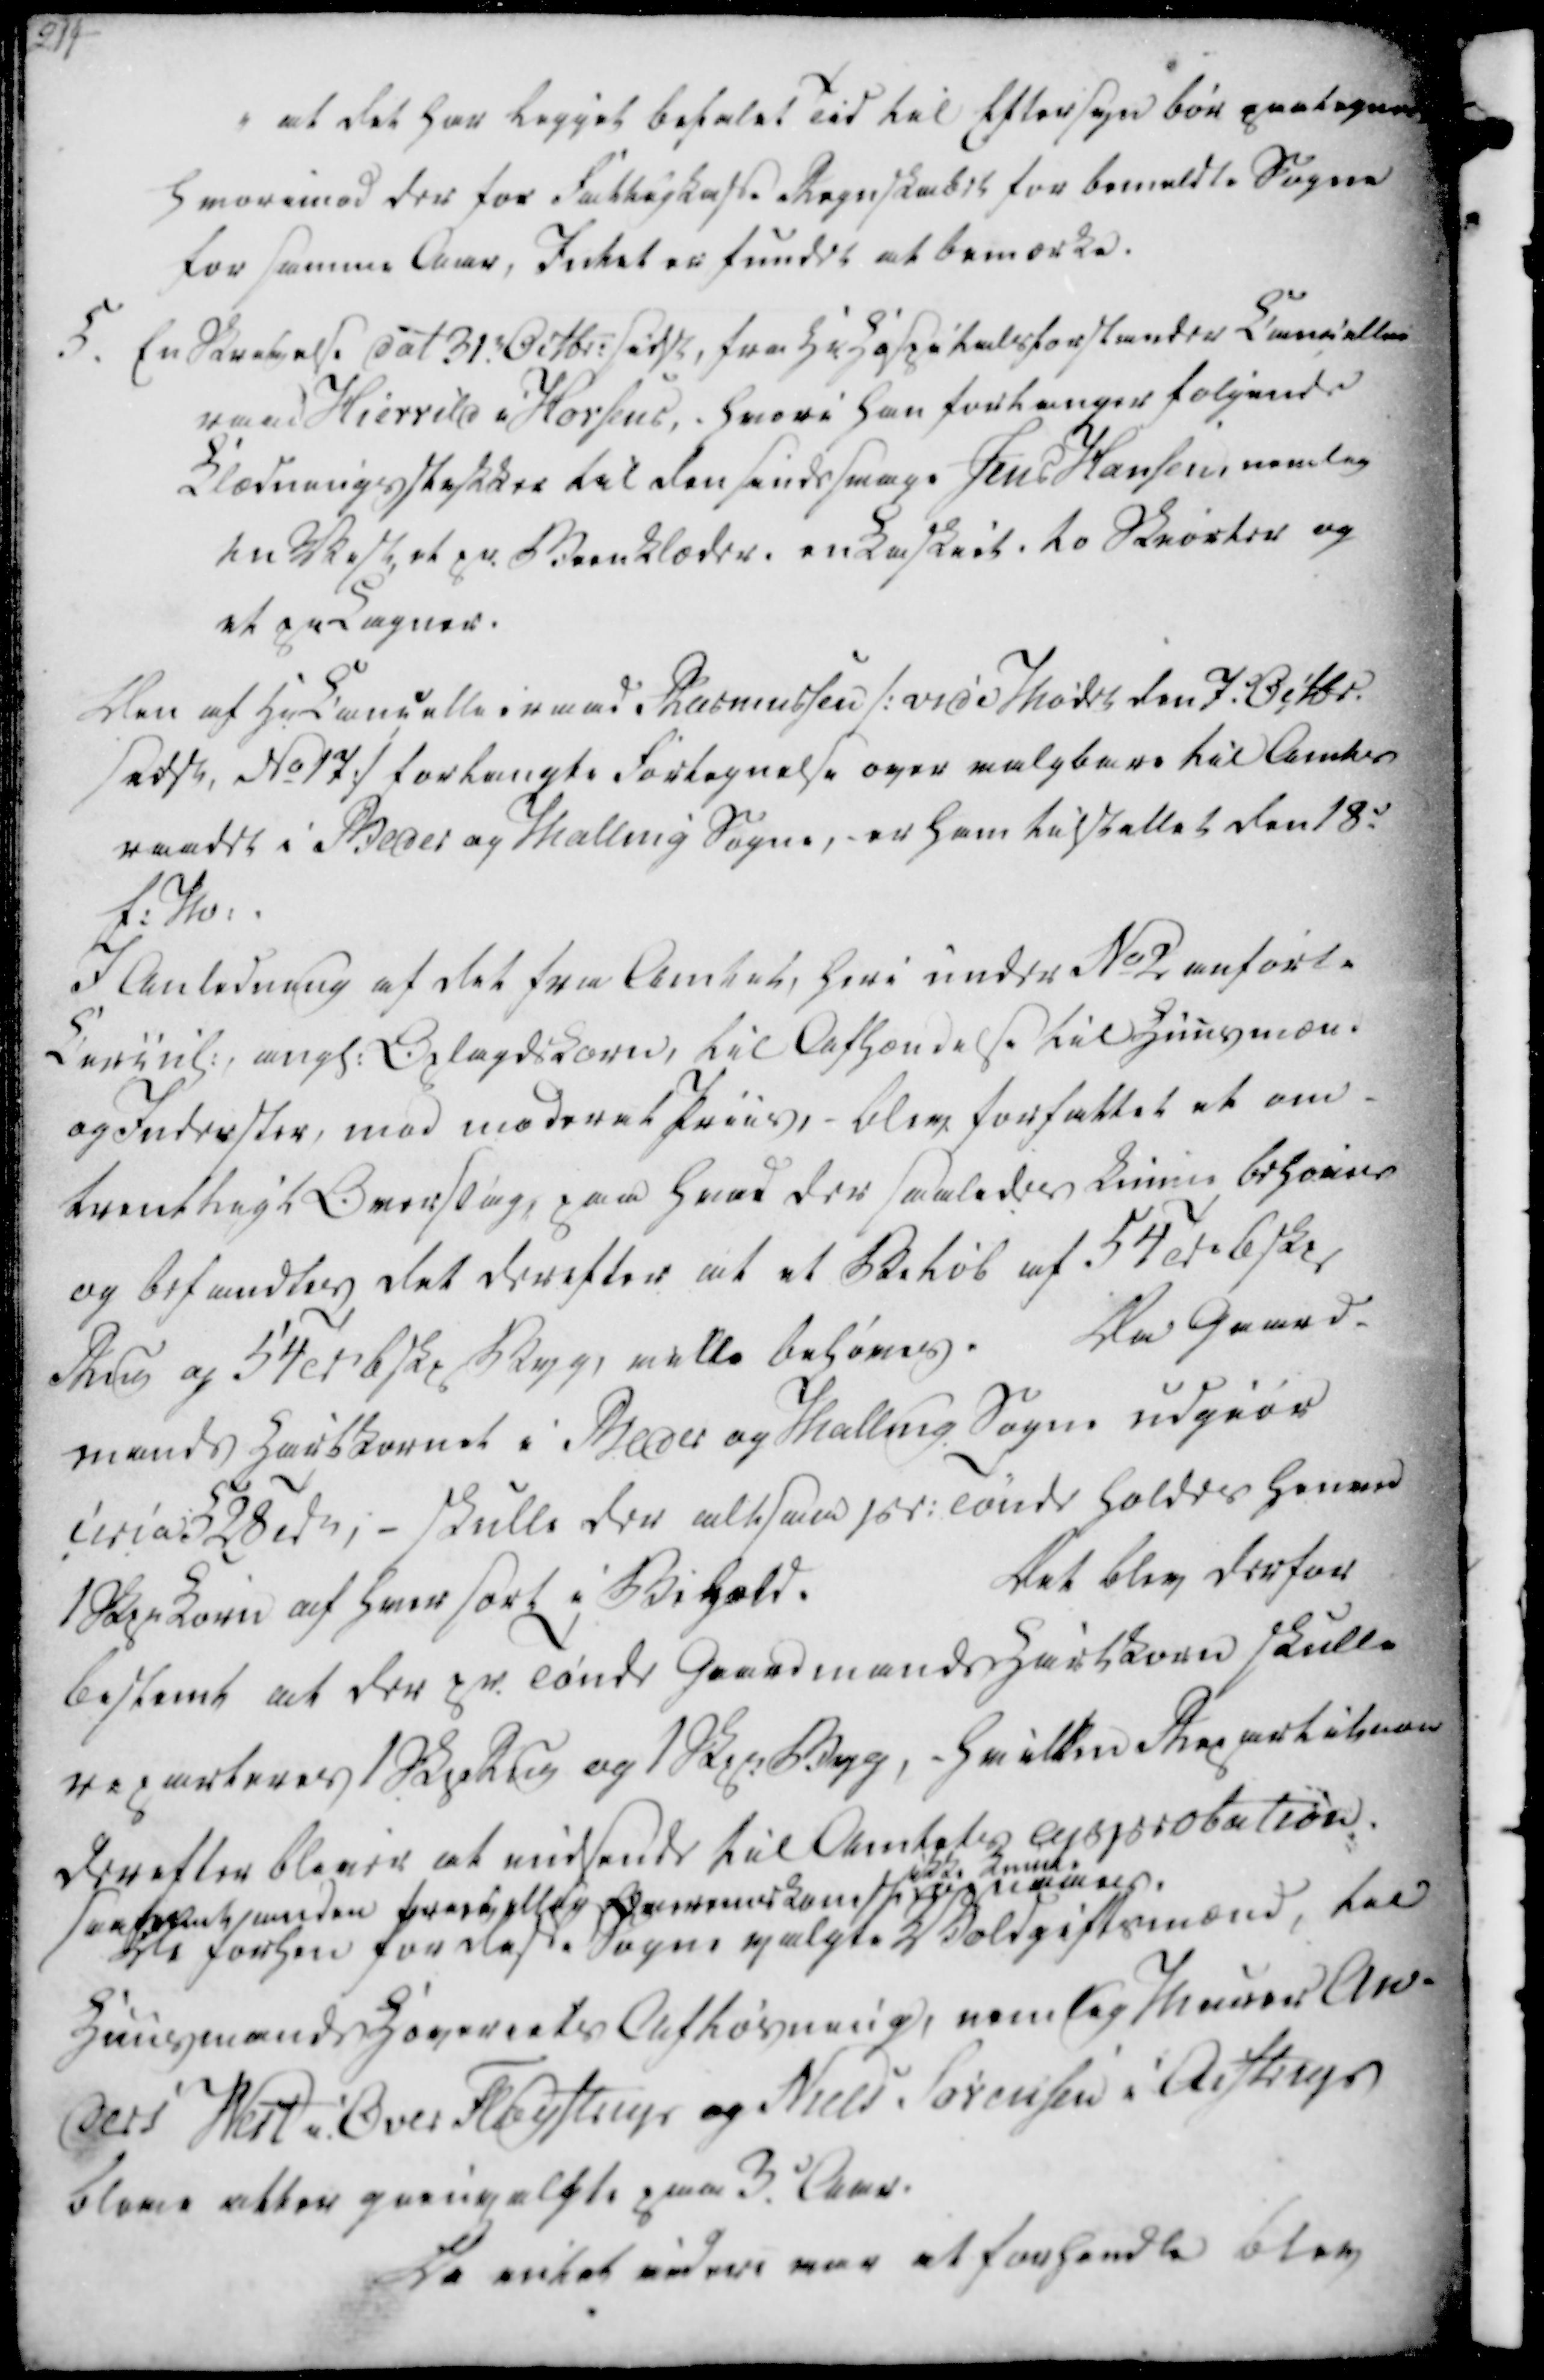
Transskription:
i at det har ligget befalet Tid til Eftersyn bør paategnes
hvorimod der for Fattigkasse Regnskabet for bemeldte Sogne
for samme Aar, Intet er fundet at bemærke.

5. En Skrivelse dat 31.t Octbr. sidst, fra Hr Hospitalsforstander Cancellie
raad Hierrild i Horsens, - hvori han forlanger følgende
Klædningsstykker til den sindssvage Jens Hansen, nemlig
en Vest, et pr. Beenklæder, en Kaskiet, to Skiorter og
et pr Lagner.

Den af Hr. Cancellieraad Rasmussen /: vide Mødet den 7.d Octbr.
sidst, No 17 :/ forlangte Fortegnelse over valgbare til Amts
raadet i Beder og Malling Sogne, - er ham tilstillet den 18.d
f.M..

I Anledning af det fra Amtet, heri under No 2 anførte
Circul. angl. Oplagdskorn, til Afhændelse til Huusmænd
og Inderster, mod moderat Priis, - blev forfattet et om-
trentligt Overslag, paa hvad der saaledes kunne behøves
og befandtes det derefter at et Beløb af 54 Td 6 Skp
Rug og 54 Td 6 Skp Byg, ville behøves.
Da Gaard-
mands Hartkornet i Beder og Malling Sogne udgiør
circa 528 Tdr; - skulle der altsaa pr. Tønde holdes henad
1 Skpr Korn af hver sort i Behold.
Det blev derfor
bestemt at der pr. Tønde Gaardmands Hartkorn skulle
reparteres 1 Skp Rug og 1 Skpr Byg, - hvilken Repartition
derefter bliver at indsende til Amtets Approbation.
saafremt, enden frivillig Overenskomst
ikke kunne
opnaaes.
De forhen for disse Sognevalgte Voldgiftsmænd, til
Huusmands Haveriets Afløsning, nemlig Murer An-
ders West i Over Fløystrup og Niels Sørensen i Aistrup
bleve atter gienvalgte paa 3. Aar.

Da intet videre var at forhandle blev